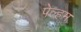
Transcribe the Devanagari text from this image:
पेल्हम